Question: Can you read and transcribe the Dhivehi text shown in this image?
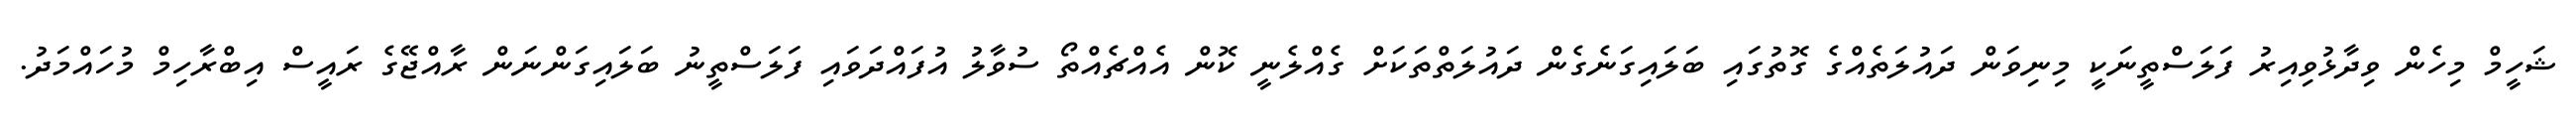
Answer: ޝަހީމް މިހެން ވިދާޅުވިއިރު ފަލަސްތީނަކީ މިނިވަން ދައުލަތެއްގެ ގޮތުގައި ބަލައިގަނެގެން ދައުލަތްތަކަށް ގެއްލެނީ ކޮން އެއްޗެއްތޯ ސުވާލު އުފައްދަވައި ފަލަސްތީނު ބަލައިގަންނަން ރާއްޖޭގެ ރައީސް އިބްރާހިމް މުހައްމަދު.